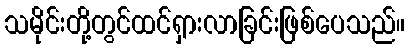
သမိုင်းတို့တွင်ထင်ရှားလာခြင်းဖြစ်ပေသည်။